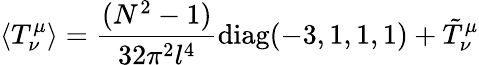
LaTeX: \langle T_{\nu}^{\mu}\rangle={\frac{(N^{2}-1)}{32\pi^{2}l^{4}}}\mathrm{diag}(-3,1,1,1)+\tilde{T}_{\nu}^{\mu}